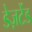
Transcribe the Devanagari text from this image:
डेज़र्टेड